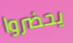
يحضروا